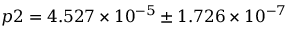
p 2 = 4 . 5 2 7 \times 1 0 ^ { - 5 } \pm 1 . 7 2 6 \times 1 0 ^ { - 7 }